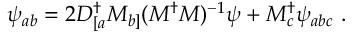
\psi _ { a b } = 2 D _ { [ a } ^ { \dagger } M _ { b ] } ( M ^ { \dagger } M ) ^ { - 1 } \psi + M _ { c } ^ { \dagger } \psi _ { a b c } \ .